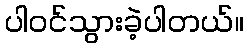
ပါဝင်သွားခဲ့ပါတယ်။